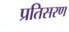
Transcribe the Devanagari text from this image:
प्रतिसरण